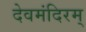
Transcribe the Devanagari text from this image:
देवमंदिरम्